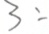
3 :